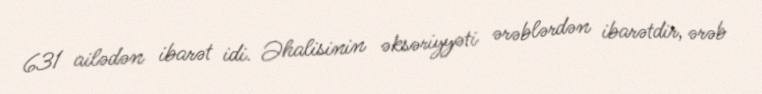
631 ailədən ibarət idi. Əhalisinin əksəriyyəti ərəblərdən ibarətdir, ərəb